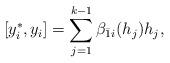
LaTeX: \begin{align*}[y^*_i,y_i]=\sum_{j=1}^{k-1}\beta_{\bar1i}(h_j)h_j,\end{align*}